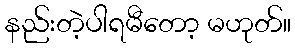
နည်းတဲ့ပါရမီတော့ မဟုတ်။